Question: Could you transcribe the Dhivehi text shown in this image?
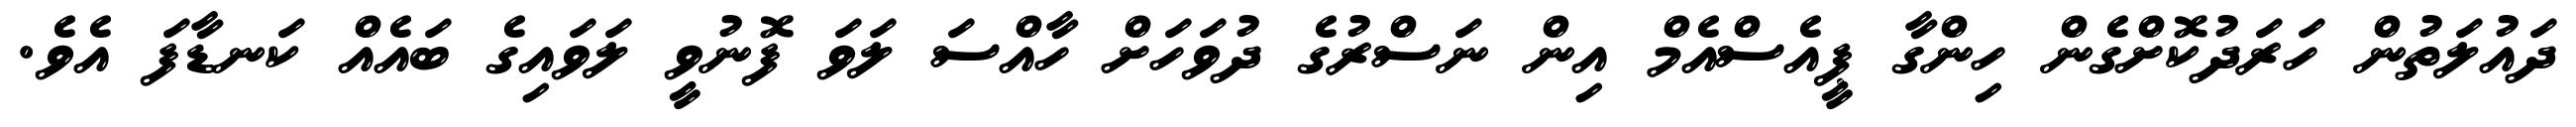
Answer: ދައުލަތުން ހަރަދުކޮށްގެން ހިންގާ ޕީއެސްއެމް އިން ނަސްރުގެ ދުވަހަށް ހާއްސަ ލަވަ ފޮނުވީ ލަވައިގެ ބައެއް ކަނޑާފަ އެވެ.